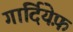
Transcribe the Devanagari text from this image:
गार्दियेफ़